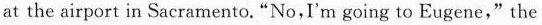
at the airport in Sacramento.“No,I'm going to Eugene," the